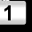
Digit: 1